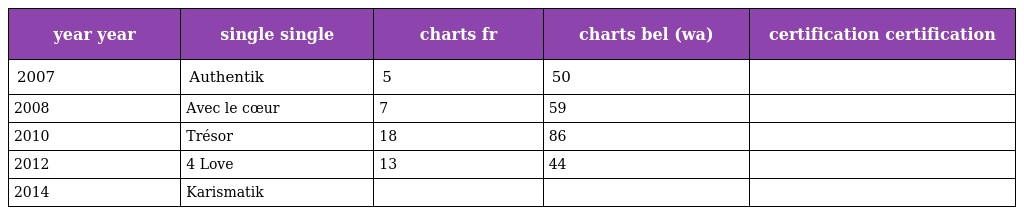
| year year | single single | charts fr | charts bel (wa) | certification certification |
 | --- | --- | --- | --- | --- |
 | 2007 | Authentik | 5 | 50 |  |
 | 2008 | Avec le cœur | 7 | 59 |  |
 | 2010 | Trésor | 18 | 86 |  |
 | 2012 | 4 Love | 13 | 44 |  |
 | 2014 | Karismatik |  |  |  |